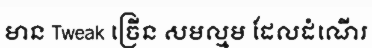
មាន Tweak ច្រើន សមល្មម ដែលដំណើរ